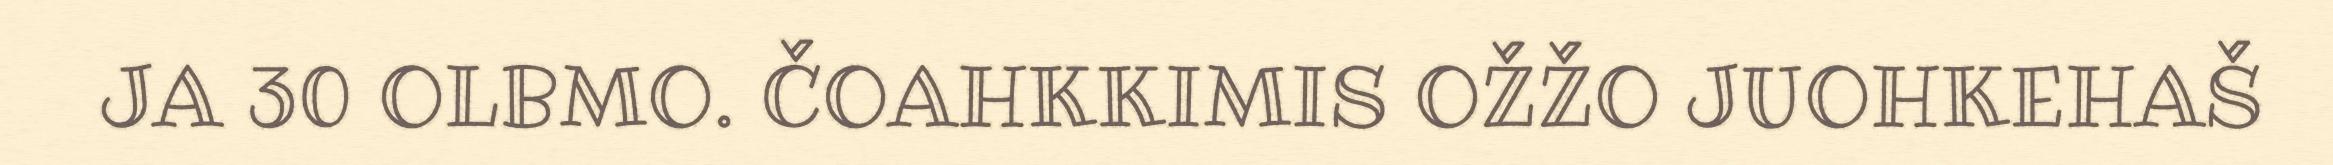
JA 30 OLBMO. ČOAHKKIMIS OŽŽO JUOHKEHAŠ